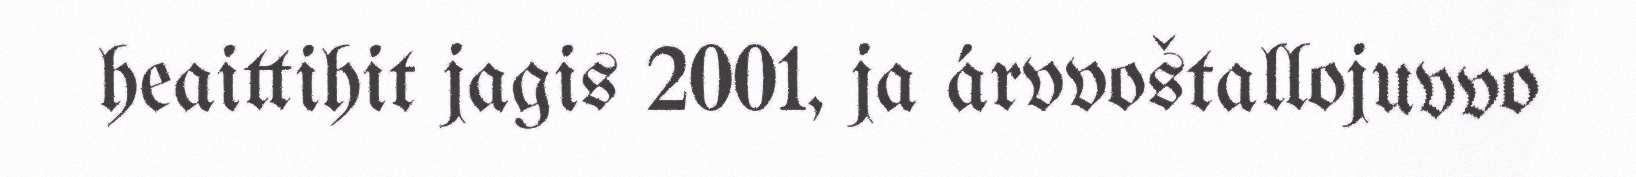
heaittihit jagis 2001, ja árvvoštallojuvvo